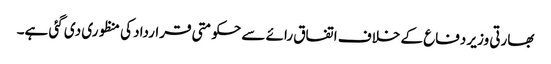
بھارتی وزیر دفاع کے خلاف اتفاق رائے سے حکومتی قرارداد کی منظوری دی گئی ہے۔